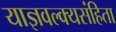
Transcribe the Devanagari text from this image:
याज्ञवल्क्यसंहिता